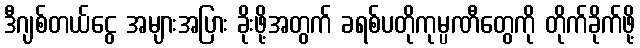
ဒီဂျစ်တယ်ငွေ အများအပြား ခိုးဖို့အတွက် ခရစ်ပတိုကုမ္ပဏီတွေကို တိုက်ခိုက်ဖို့